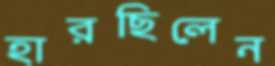
হারছিলেন